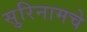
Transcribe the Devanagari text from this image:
सुरिनामचे